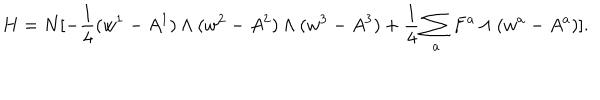
LaTeX: H = N [ - { \frac { 1 } { 4 } } ( w ^ { 1 } - A ^ { 1 } ) \wedge ( w ^ { 2 } - A ^ { 2 } ) \wedge ( w ^ { 3 } - A ^ { 3 } ) + { \frac { 1 } { 4 } } \sum _ { a } F ^ { a } \wedge ( w ^ { a } - A ^ { a } ) ] .